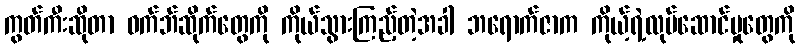
ကွတ်ကီးဆိုတာ ဝက်ဘ်ဆိုက်တွေကို ကိုယ်သွားကြည့်တဲ့အခါ ဘရောက်ဇာက ကိုယ့်ရဲ့လုပ်ဆောင်မှုတွေကို